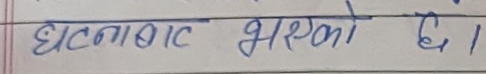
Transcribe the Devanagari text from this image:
घटनाबाट भएको छ।